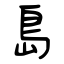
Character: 島